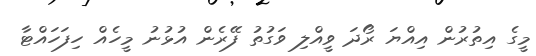
މީގެ އިތުރުން އިއްޔަ ރޯދަ ވީއްލި ވަގުތު ފޭރެން އުޅުނު މީހެއް ހިފަހައްޓާ